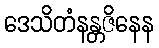
ဒေသိတံနန္တဇိနေန